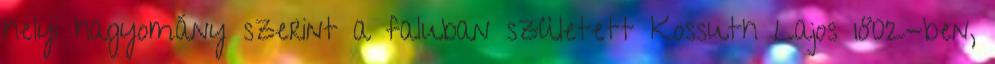
helyi hagyomány szerint a faluban született Kossuth Lajos 1802-ben,